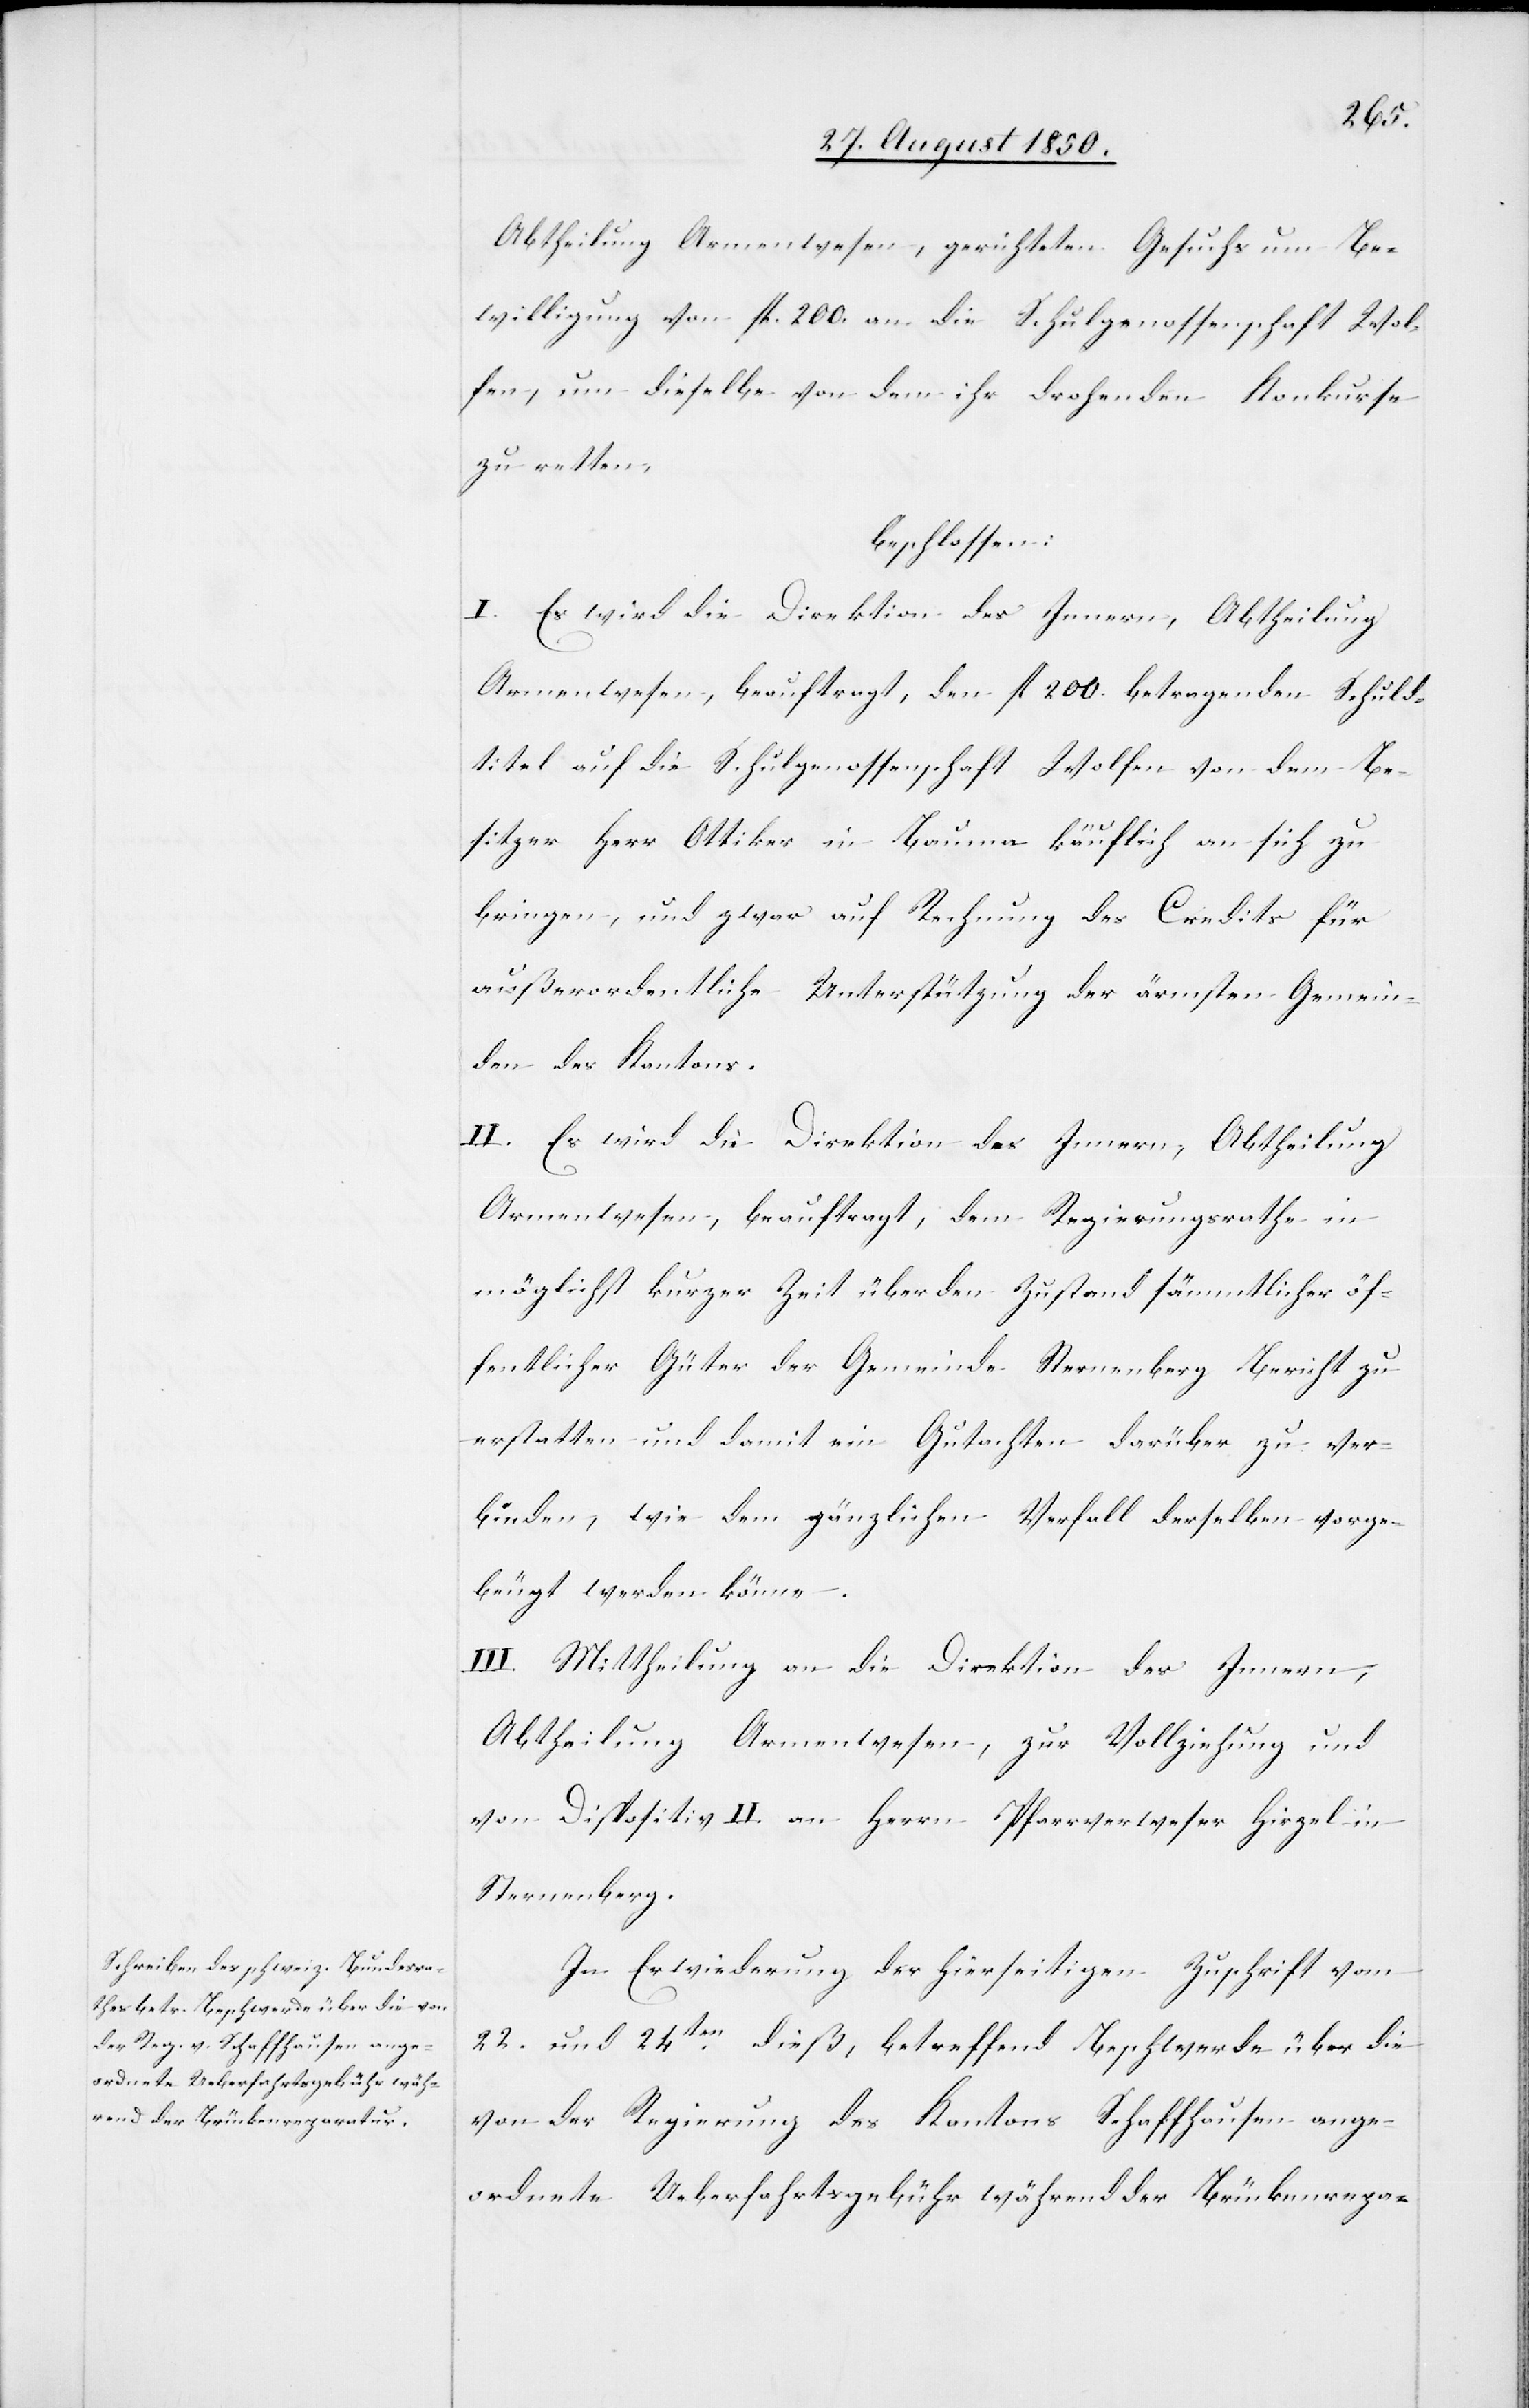
Abtheilung Armenwesen, gerichteten Gesuchs um Be¬
willigung von fl. 200. an die Schulgenossenschaft Wol¬
fen, um dieselbe von dem ihr drohenden Konkurse
zu retten,
beschlossen:
I. Es wird die Direktion des Innern, Abtheilung
Armenwesen, beauftragt, den fl 200. betragenden Schuld¬
titel auf die Schulgenossenschaft Wolfen von dem Be¬
sitzer Herr Ottiker in Bauma käuflich an sich zu
bringen, und zwar auf Rechnung des Credits für
außerordentliche Unterstützung der ärmsten Gemein¬
den des Kantons.
II. Es wird die Direktion des Innern, Abtheilung
Armenwesen, beauftragt, dem Regierungsrathe in
möglichst kurzer Zeit über den Zustand sämmtlicher öf¬
fentlicher Güter der Gemeinde Sternenberg Bericht zu
erstatten und damit ein Gutachten darüber zu ver¬
binden, wie dem gänzlichen Verfall derselben vorge¬
beugt werden könne.
III. Mittheilung an die Direktion des Innern,
Abtheilung Armenwesen, zur Vollziehung und
vom Dispositiv II. an Herrn Pfarrverweser Hirzel in
Sternenberg.
In Erwiederung der hierseitigen Zuschrift vom
22. und 24ten dieß, betreffend Beschwerde über die
von der Regierung des Kantons Schaffhausen ange¬
ordnete Ueberfahrtsgebühr während der Brückenrepa-